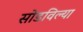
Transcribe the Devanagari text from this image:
सोडविल्या